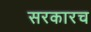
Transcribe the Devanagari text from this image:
सरकारच